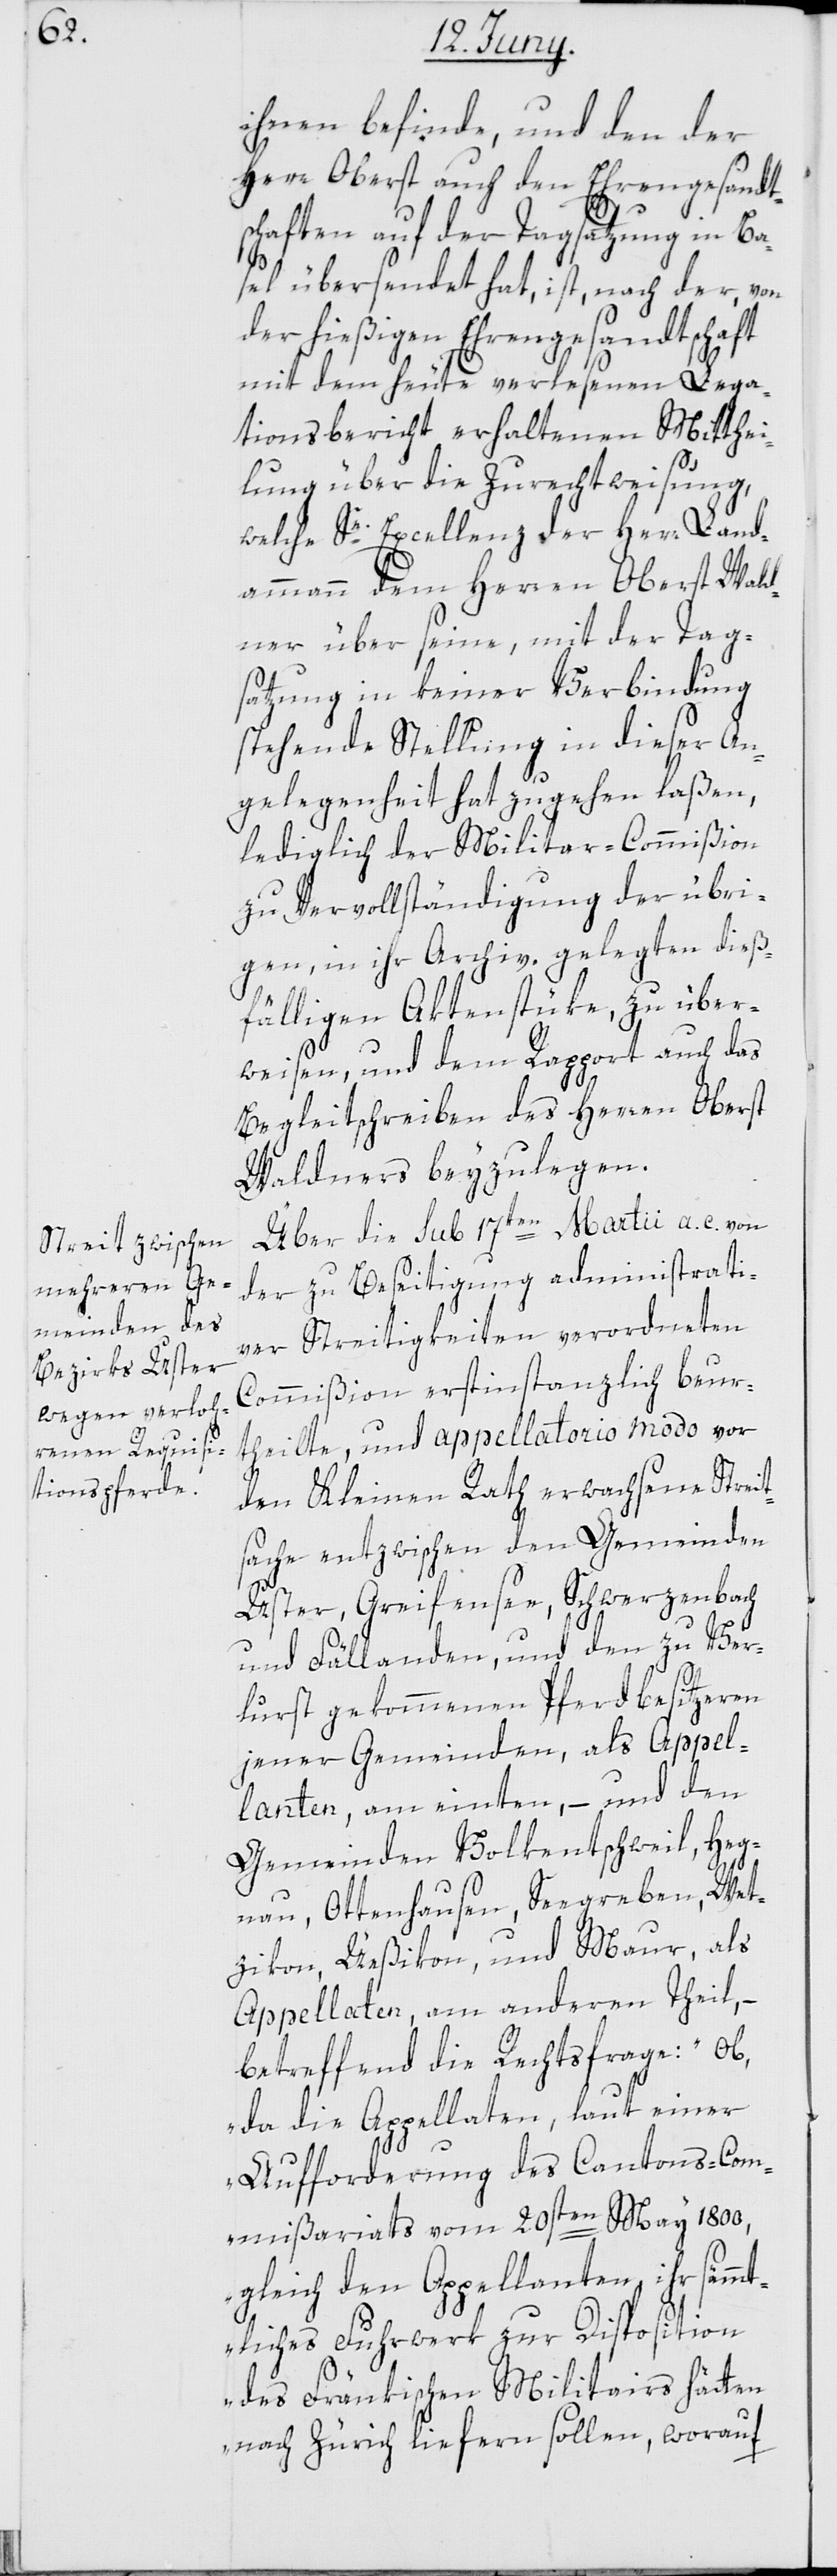
ihnen befinde, und den der
Herr Oberst auch den Ehrengesandt¬
schaften auf der Tagsatzung in Ba¬
sel übersendet hat, ist, nach der, von
der hießigen Ehrengesandtschaft
mit dem heute verlesenen Lega¬
tionsbericht erhaltenen Mitthei¬
lung über die Zurechtweisung,
welche Se. Excellenz der Herr Land¬
ammann dem Herren Oberst Wald¬
ner über seine, mit der Tag¬
satzung in keiner Verbindung
stehende Stellung in dieser An¬
gelegenheit hat zugehen laßen,
lediglich der Militar-Commißion
zu Vervollständigung der übri¬
gen, in ihr Archiv gelegten dieß¬
fälligen Aktenstüke, zu über¬
weisen, und dem Rapport auch das
Begleitschreiben des Herren Oberst
Waldners beyzulegen.
Über die sub 17ten Martii a. c. von
der zu Beseitigung administrati¬
ver Streitigkeiten verordneten
Commißion erstinstanzlich beur¬
theilte, und appellatorio modo vor
den Kleinen Rath erwachsene Streit¬
sache entzwischen den Gemeinden
Uster, Greifensee, Schwerzenbach
und Fällanden, und den zu Ver¬
lurst gekommenen Pferdbesitzeren
jener Gemeinden, als Appel¬
lanten, am einten, – und den
Gemeinden Volkentschweil, Heg¬
nau, Ottenhausen, Seegreben, Wet¬
zikon, Üeßikon und Maur, als
Appellaten am anderen Theil, –
betreffend die Rechtsfrage: „Ob,
da die Appellaten, laut einer
Aufforderung des Cantons-Com¬
mißariats vom 20sten May 1800,
gleich den Appellanten ihr sämm¬
tliches Fuhrwerk zur Disposition
des Fränkischen Militairs hätten
nach Zürich liefern sollen, worauf